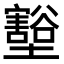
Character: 𭐋